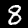
Digit: 8